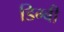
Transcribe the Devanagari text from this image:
डिग्‍बी